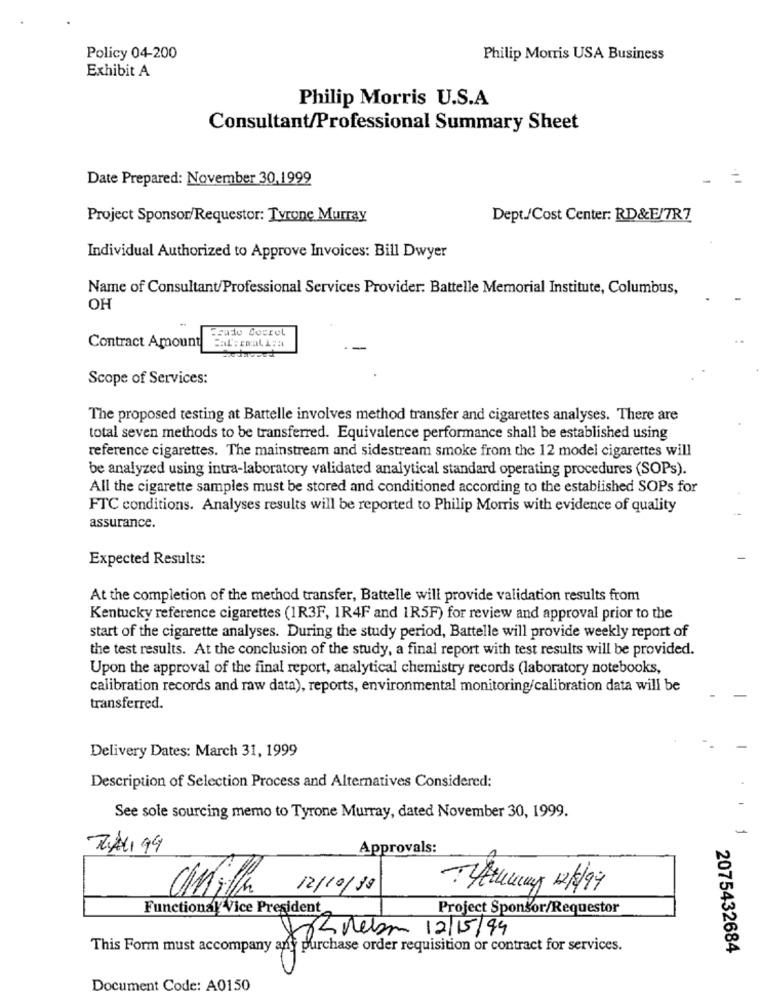
Policy 04-200
Philip Morris USA Business
Exhibit A
Philip Morris U.S.A
Consultant/Professional Summary Sheet
Date Prepared: November 30,1999
Project Sponsor/Requestor: Tyrone Murray
Dept./Cost Center: RD&F/7R7
Individual Authorized to Approve Invoices: Bill Dwyer
Name of Consultant/Professional Services Provider: Battelle Memorial Institute, Columbus,
OH
Scudo Socrol
Contract Amount
Scope of Services:
The proposed testing at Battelle involves method transfer and cigarettes analyses. There are
total seven methods to be transferred. Equivalence performance shall be established using
reference cigarettes. The mainstream and sidestream smoke from the 12 model cigarettes will
be analyzed using intra-laboratory validated analytical standard operating procedures (SOPs).
All the cigarette samples must be stored and conditioned according to the established SOPs for
FTC conditions. Analyses results will be reported to Philip Morris with evidence of quality
assurance.
Expected Results:
At the completion of the method transfer, Battelle will provide validation results from
Kentucky reference cigarettes (1R3F, 1R4F and 1R5F) for review and approval prior to the
start of the cigarette analyses. During the study period, Battelle will provide weekly report of
the test results. At the conclusion of the study, a final report with test results will be provided.
Upon the approval of the final report, analytical chemistry records (laboratory notebooks,
calibration records and raw data), reports, environmental monitoring/calibration data will be
transferred.
Delivery Dates: March 31, 1999
Description of Selection Process and Alternatives Considered:
See sole sourcing memo to Tyrone Murray, dated November 30, 1999.
TALI 99
Approvals:
12/10/19
Ytuway 12/9
FunctionalVice President
Project Sponsor/Requestor
XL nebo 12/15/99
This Form must accompany any purchase order requisition or contract for services.
2075432684
Document Code: A0150